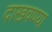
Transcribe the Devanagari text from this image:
दाखवण्या